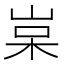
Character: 𡷵